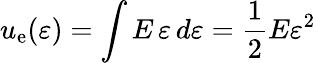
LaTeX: u_{\mathrm{e}}(\varepsilon)=\int{E\, \varepsilon}\, d\varepsilon={\frac{{1}}{{2}}}E{\varepsilon}^{2}